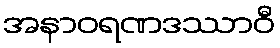
အနာဝရဏဒဿာဝီ